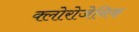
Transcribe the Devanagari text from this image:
क्लोरोजेनिक